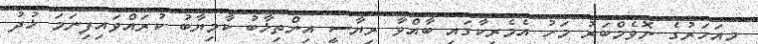
މިއަހަރުގެ ނޮވެމްބަރު މަހު އެމެރިކާގައި ބާއްވާ ރިޔާސީ އިންތިޚާބު ކާމިޔާބު ކުރައްވައިފިނަމަ ޚުދު